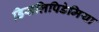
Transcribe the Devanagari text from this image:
डिसलिपिडेमिया